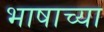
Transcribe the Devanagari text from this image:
भाषाच्या